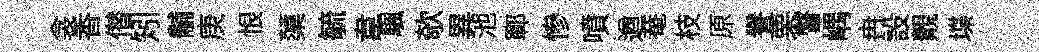
衾香僣矧黼庚恨蕖毓韋颿欹異池鄆慘噴遒𤲅枝原譽栗瞥嵎冉設覿堞